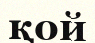
қой